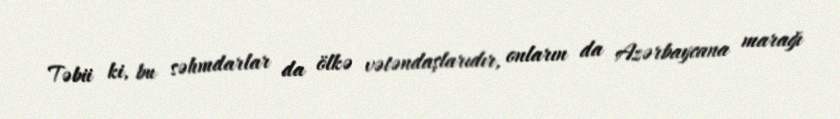
Təbii ki, bu səhmdarlar da ölkə vətəndaşlarıdır, onların da Azərbaycana marağı